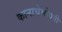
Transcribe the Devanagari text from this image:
कानाचेभोवती